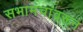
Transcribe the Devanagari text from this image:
सभामंचांवरून